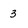
Character: 3